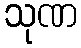
သုဏ